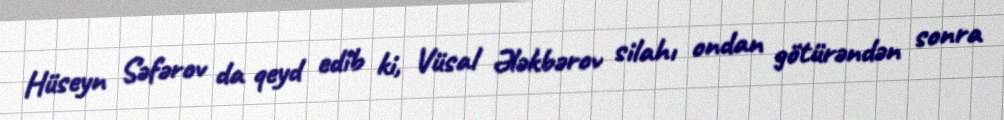
Hüseyn Səfərov da qeyd edib ki, Vüsal Ələkbərov silahı ondan götürəndən sonra